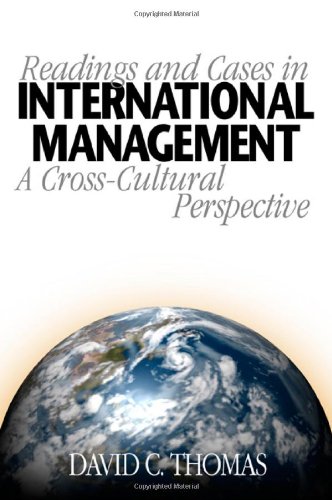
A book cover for Readings and Cases in International Management: A Cross-Cultural Perspective; Business & Money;